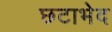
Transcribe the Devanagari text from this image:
छटाभेद